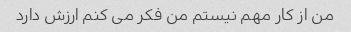
من از کار مهم نیستم من فکر می کنم ارزش دارد